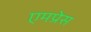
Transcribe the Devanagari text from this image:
एमप्रेस